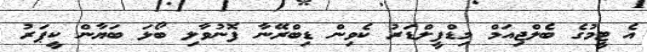
އެ ޓީމުގެ ބެލްޖިއަމް މިޑްފީލްޑަރު ކެވިން ޑިބްރޭނާ ފޮނުވާލި ބޯޅަ ބަޔާން ކީޕަރު